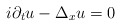
\begin{align*}i\partial_tu-\Delta_xu=0\end{align*}